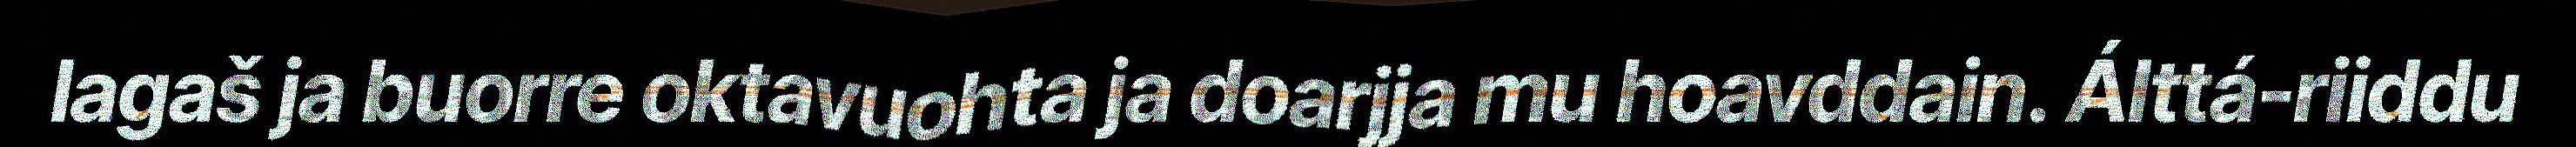
lagaš ja buorre oktavuohta ja doarjja mu hoavddain. Álttá-riiddu